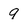
Character: 9